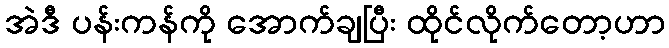
အဲဒီ ပန်းကန်ကို အောက်ချပြီး ထိုင်လိုက်တော့ဟာ